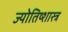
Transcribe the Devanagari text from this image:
ज्योतिष्शास्त्र